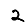
Digit: 2